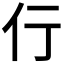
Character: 𬽣